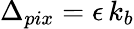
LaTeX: \Delta_{pix}=\epsilon\, k_{b}